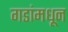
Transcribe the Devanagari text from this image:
गडांमधून